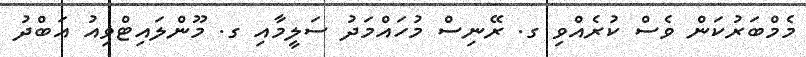
މެމްބަރުކަން ވެސް ކުރެއްވި ގ. ރޭނިސް މުހައްމަދު ސަލީމާއި ގ. މޫންލައިޓްވިއު އަބްދު